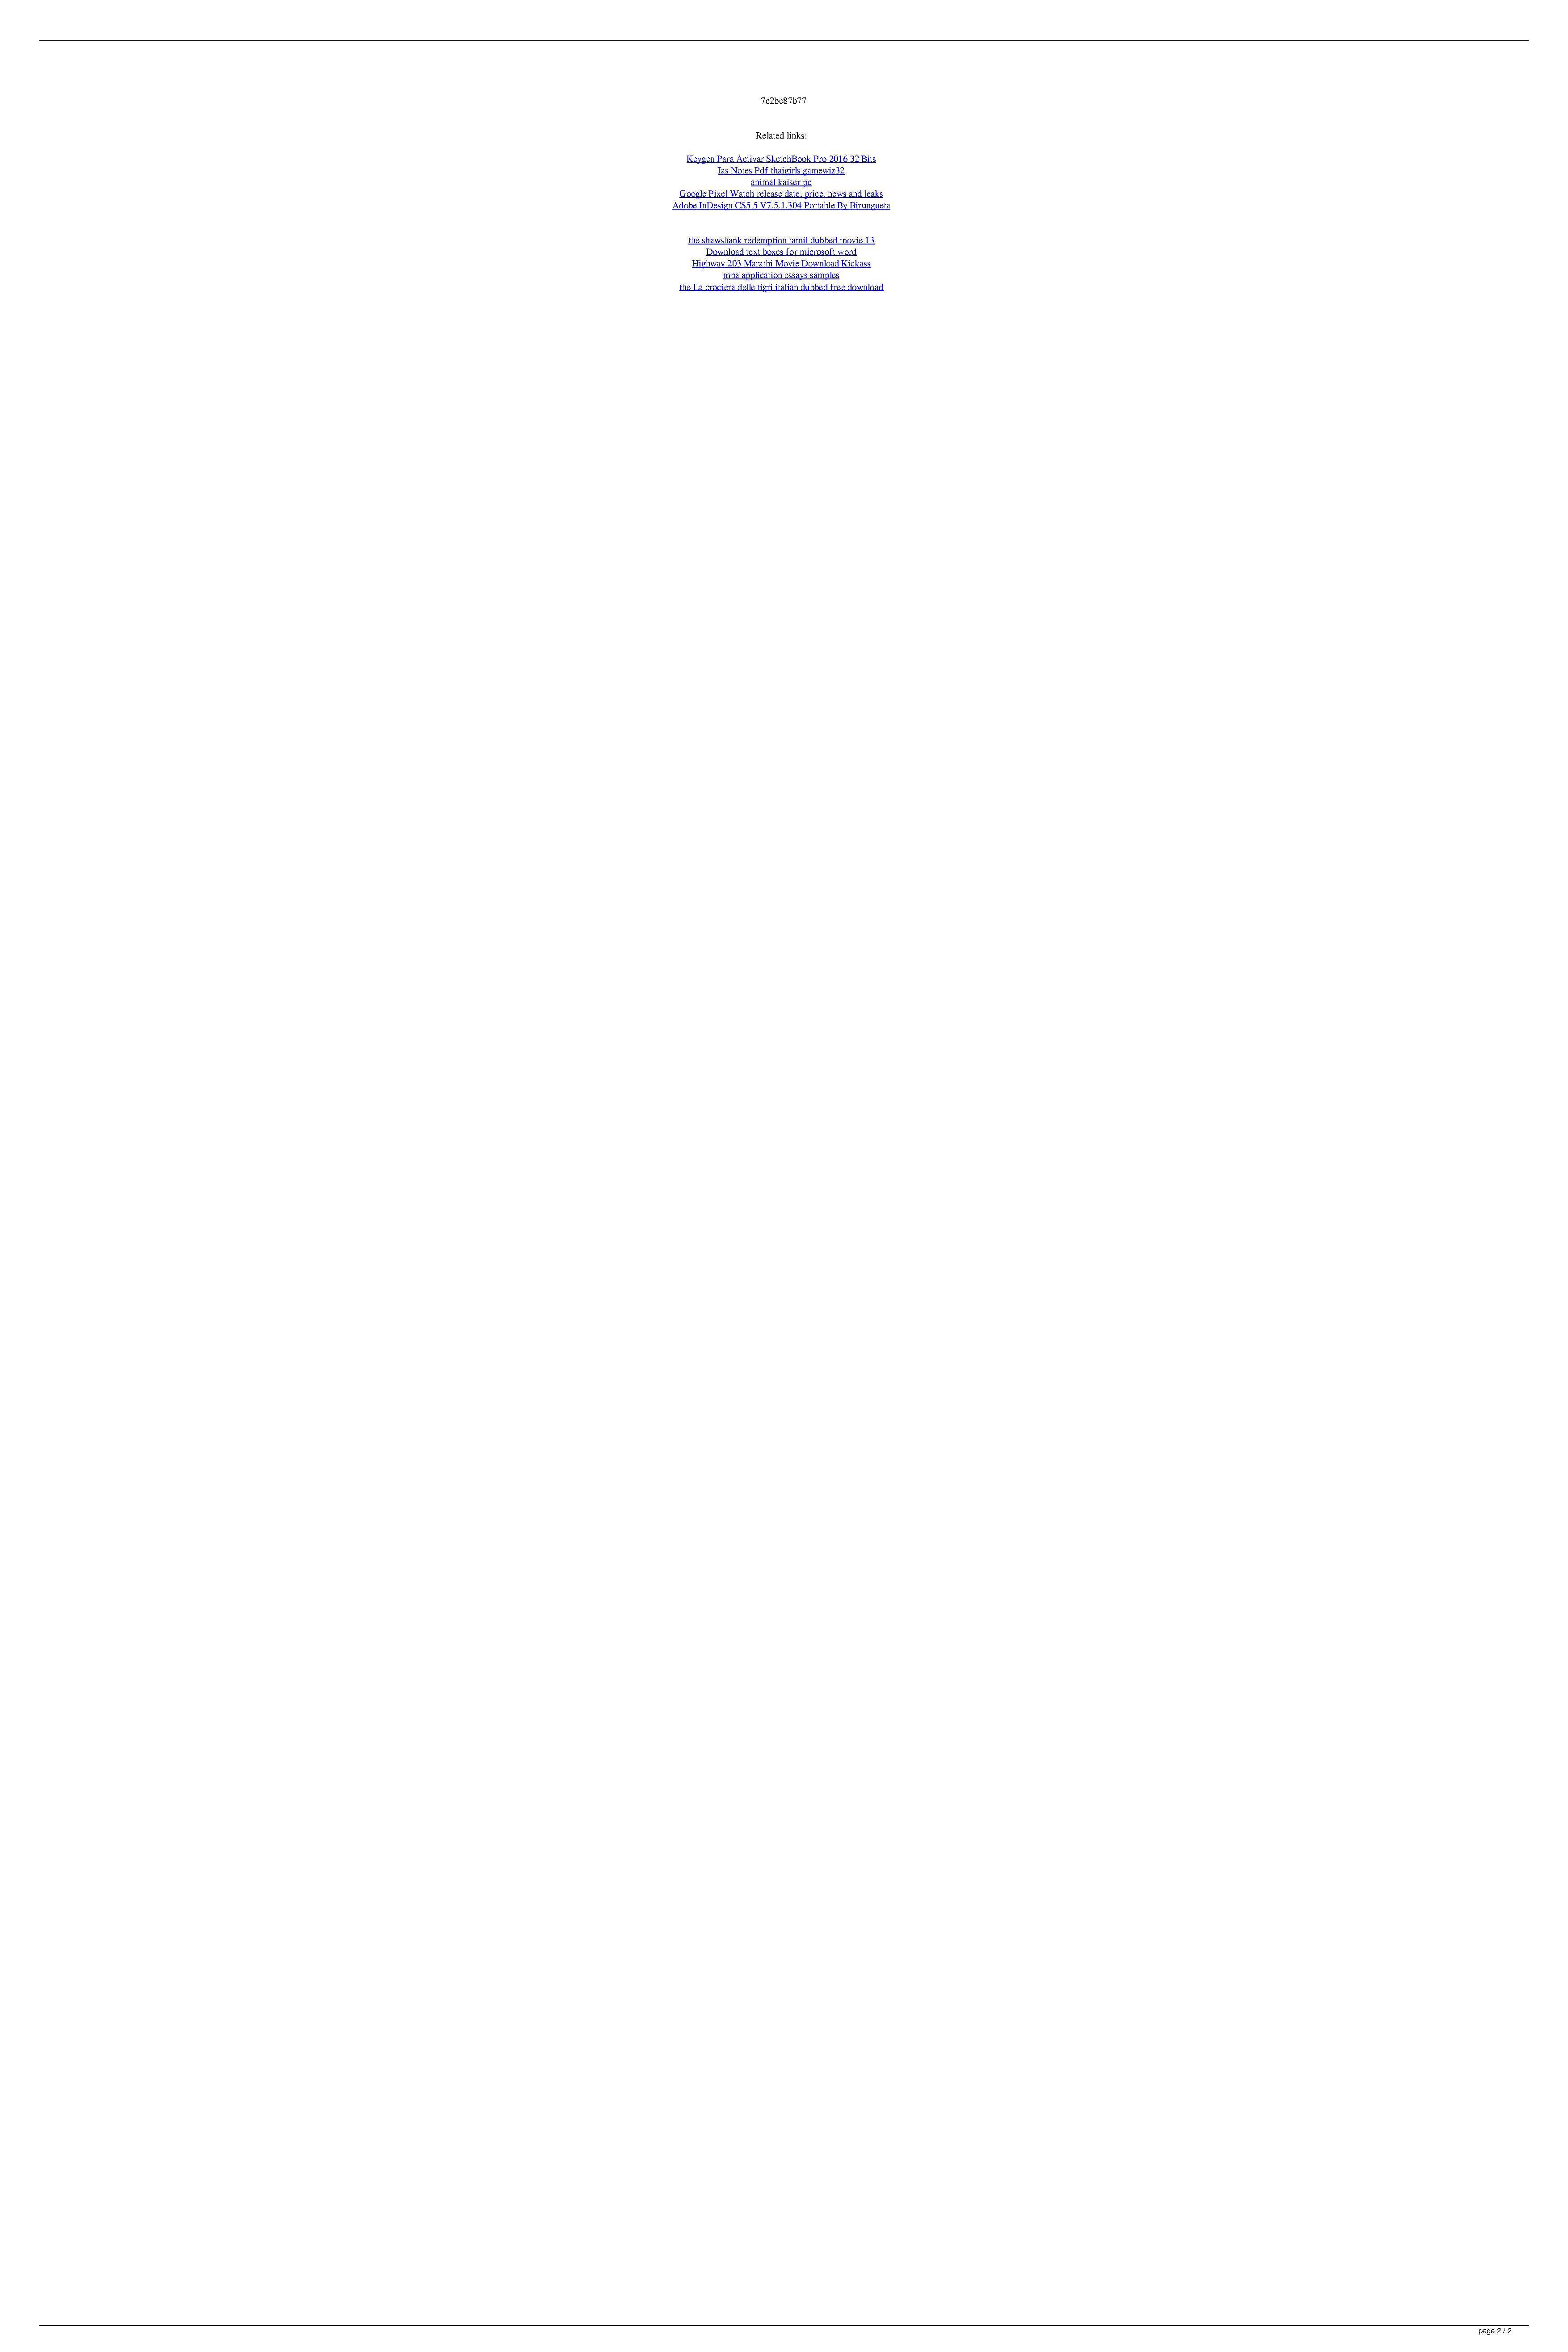
7c2bc87b77
 Related links:
 Keygen Para Activar SketchBook Pro 2016 32 Bits
 Ias Notes Pdf thaigirls gamewiz32
 animal kaiser pc
 Google Pixel Watch release date, price, news and leaks
 Adobe InDesign CS5.5 V7.5.1.304 Portable By Birungueta
 the shawshank redemption tamil dubbed movie 13
 Download text boxes for microsoft word
 Highway 203 Marathi Movie Download Kickass
 mba application essays samples
 the La crociera delle tigri italian dubbed free download
 page 2 / 2
 Italian Dual 1080 Subtitles Dual Watch Online